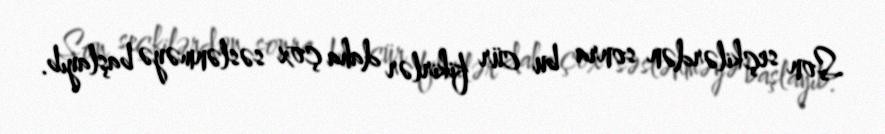
Son seçkilərdən sonra bu cür fikirlər daha çox səslənməyə başlayıb.